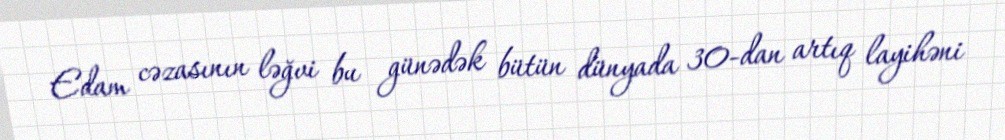
Edam cəzasının ləğvi bu günədək bütün dünyada 30-dan artıq layihəni